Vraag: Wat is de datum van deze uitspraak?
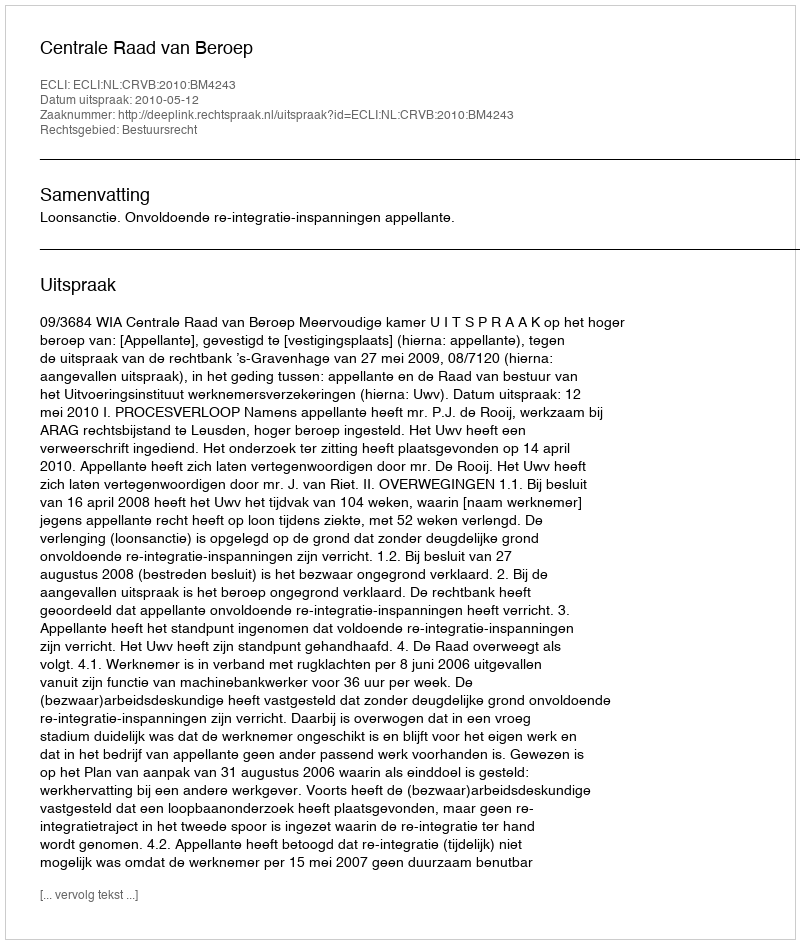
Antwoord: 2010-05-12